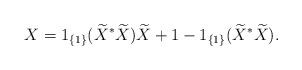
LaTeX: \begin{align*}X = 1_{\left\{1\right\}}(\widetilde{X}^{*}\widetilde{X})\widetilde{X} +1-1_{\left\{1\right\}}(\widetilde{X}^{*}\widetilde{X}).\end{align*}